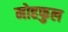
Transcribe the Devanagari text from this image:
मोहफुल